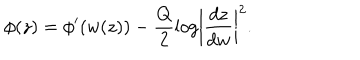
\phi ( z ) = \phi ^ { \prime } ( w ( z ) ) - \frac { Q } { 2 } \log \biggl | \frac { d z } { d w } \biggr | ^ { 2 } .